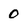
Character: 0